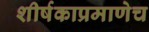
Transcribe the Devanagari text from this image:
शीर्षकाप्रमाणेच